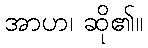
အာဟ၊ ဆို၏။